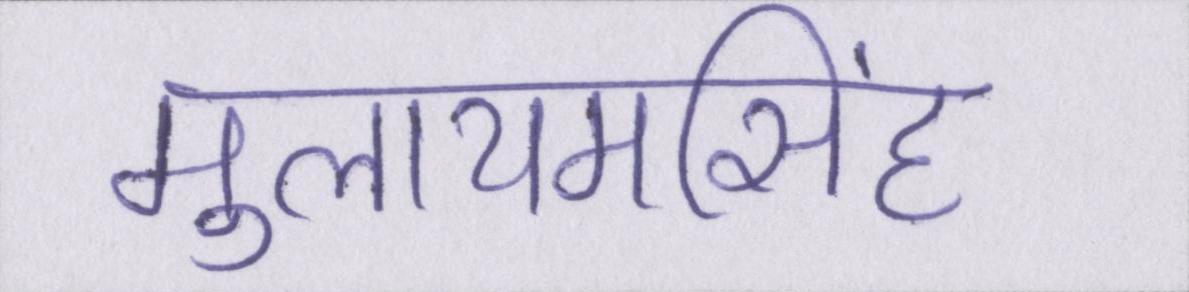
मुलायमसिंह